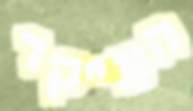
העיקר